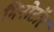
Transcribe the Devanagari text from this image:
मिनोटॉर